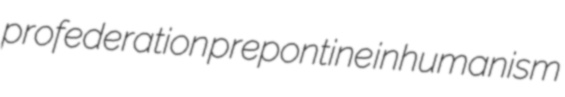
profederation prepontine inhumanism